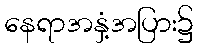
နေရာအနှံ့အပြား၌